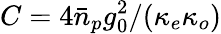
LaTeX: C=4\bar{n}_{p}g_{0}^{2}/(\kappa_{e}\kappa_{o})